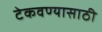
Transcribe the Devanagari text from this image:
टेकवण्यासाठी